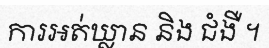
ការអត់ឃ្លាន និង ជំងឺ ។